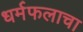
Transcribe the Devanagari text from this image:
धर्मफलाचा